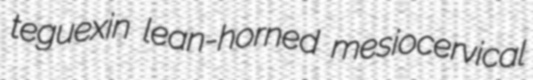
teguexin lean-horned mesiocervical